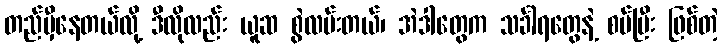
တည်မှီနေတယ်လို့ ဒီလိုလည်း ယူဆ စွဲလမ်းတယ်၊ အဲဒါတွေက သင်္ခါရတွေနဲ့ စပ်ပြီး ဖြစ်တဲ့